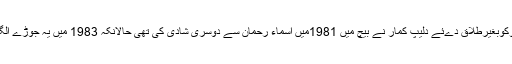
سائرہ بانوکوبغیرطلاق دےئے دلیپ کمار نے بیچ میں 1981میں اسماء رحمان سے دوسری شادی کی تھی حالانکہ 1983 میں یہ جوڑے الگ ہوگئے۔